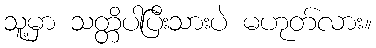
သူ့မှာ သတ္တိပါပြီးသားပဲ မဟုတ်လား။